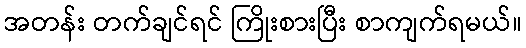
အတန်း တက်ချင်ရင် ကြိုးစားပြီး စာကျက်ရမယ်။